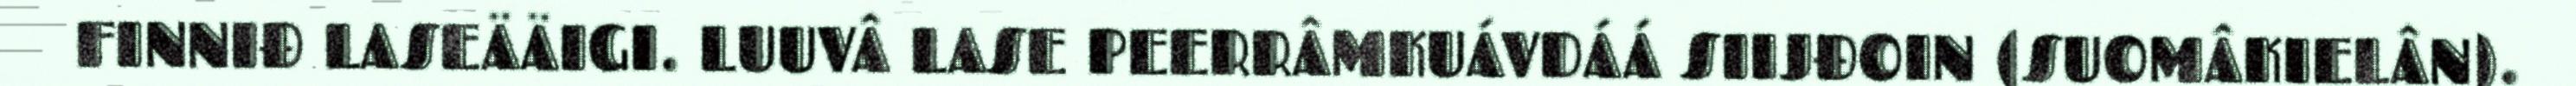
FINNIĐ LASEÄÄIGI. LUUVÂ LASE PEERRÂMKUÁVDÁÁ SIIJĐOIN (SUOMÂKIELÂN).